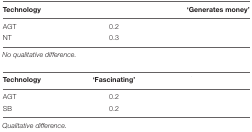
<table><thead><tr><td><b>Technology</b></td><td>[EMPTY_CELL]</td><td><b>‘Generates money’</b></td></tr></thead><tbody><tr><td>AGT</td><td>0.2</td><td>[EMPTY_CELL]</td></tr><tr><td>NT</td><td>0.3</td><td>[EMPTY_CELL]</td></tr><tr><td colspan="3"><i>No qualitative difference.</i></td></tr><tr><td><b>Technology</b></td><td><b>‘Fascinating’</b></td><td>[EMPTY_CELL]</td></tr><tr><td>AGT</td><td>0.2</td><td>[EMPTY_CELL]</td></tr><tr><td>SB</td><td>0.2</td><td>[EMPTY_CELL]</td></tr><tr><td colspan="3"><i>Qualitative difference.</i></td></tr></tbody></table>